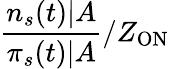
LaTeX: \frac{n_{s}(t)|A}{\pi_{s}(t)|A}/Z_{\mathrm{ON}}